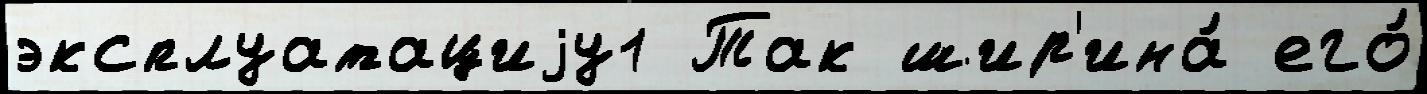
эксплуатациjу1 Так шир'ина́ его́